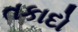
તકાદો